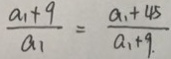
\frac { a _ { 1 } + 9 } { a _ { 1 } } = \frac { a _ { 1 } + 4 5 } { a _ { 1 } + 9 . }